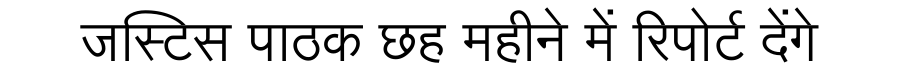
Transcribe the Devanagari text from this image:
जस्टिस पाठक छह महीने में रिपोर्ट देंगे